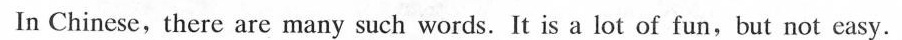
In Chinese, there are many such words. It is a lot of fun,but not easy.